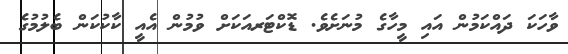
ވާހަކަ ދައްކަމުން އައި މީހާގެ މުނަށެވެ. ޑޮކްޓަރއަކަށް ވުމުން އެއީ ކާކުކަން ބެލުމުގެ